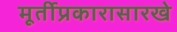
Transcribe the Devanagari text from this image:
मूर्तीप्रकारासारखे